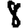
Digit: 8